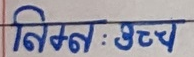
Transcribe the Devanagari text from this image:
निम्न : उच्च